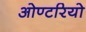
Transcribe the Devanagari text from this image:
ओण्टरियो